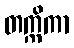
တက္ကိကာ